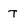
Character: T